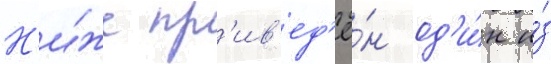
Н'и́же пр'ив'ед'ё́н од'и́н и́з